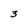
Character: 3